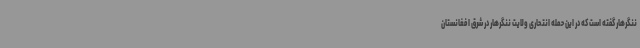
ننگرهار گفته است که در این حمله انتحاری ولایت ننگرهار در شرق افغانستان